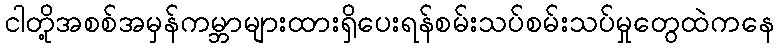
ငါတို့အစစ်အမှန်ကမ္ဘာများထားရှိပေးရန်စမ်းသပ်စမ်းသပ်မှုတွေထဲကနေ